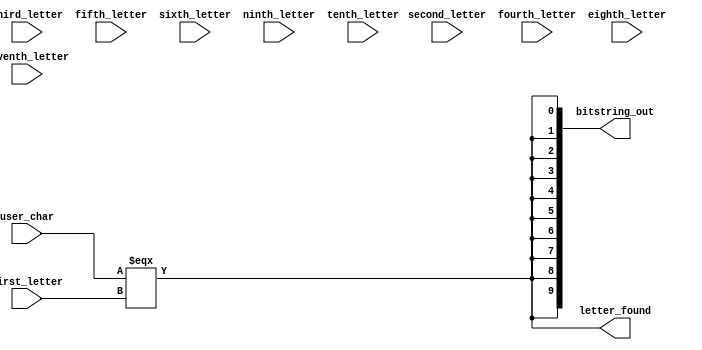
module check_module (user_char, first_letter, second_letter, third_letter, fourth_letter, fifth_letter, sixth_letter, seventh_letter, eighth_letter, ninth_letter, tenth_letter, letter_found, bitstring_out);
/*
	Takes user char, and compares it to every single character in our register.
	Returns two things: FOUND and BITSTRING
	BITSTRING_OUT will be a 10 bit long string i.e. 110101011 where 1 denotes TRUE and 0 denotes FALSE
	BITSTRING_OUT shows in which position the letter is shown in. i.e. 0011000000 is __EE_____ if user_char is `e`
	FOUND just shows you if it's found or not so we can use it to draw the letter on the screen, and draw the hangman figure if nessecary. 
*/
	input [7:0] user_char;			// user char

	input [7:0] first_letter;     // word from register
   input [7:0] second_letter;                 
   input [7:0] third_letter;                
   input [7:0] fourth_letter;                
	input [7:0] fifth_letter;                
   input [7:0] sixth_letter;                
   input [7:0] seventh_letter;                
   input [7:0] eighth_letter;               
	input [7:0] ninth_letter;   
   input [7:0] tenth_letter;             

	wire [9:0] bitstring;
	wire found;

	output letter_found;
	output [9:0] bitstring_out;
	
	// genereating bitstring
	assign bitstring[0] = user_char === first_letter;			
	assign bitstring[1] = user_char === first_letter;
	assign bitstring[2] = user_char === first_letter;
	assign bitstring[3] = user_char === first_letter;
	assign bitstring[4] = user_char === first_letter;
	assign bitstring[5] = user_char === first_letter;
	assign bitstring[6] = user_char === first_letter;
	assign bitstring[7] = user_char === first_letter;
	assign bitstring[8] = user_char === first_letter;
	assign bitstring[9] = user_char === first_letter;
	
	assign found = | bitstring;
	// assign found = bitstring[0] === 1 | bitstring[1] === 1 | bitstring[2] === 1 | bitstring[3] === 1 | bitstring[4] === 1 | bitstring[5] === 1 | bitstring[6] === 1 | bitstring[7] === 1 | bitstring[8] === 1 | bitstring[9] === 1;
	
	assign bitstring_out = bitstring;
	assign letter_found = found;
endmodule